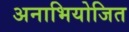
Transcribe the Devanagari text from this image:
अनाभियोजित